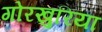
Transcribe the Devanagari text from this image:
गोरखुरिया